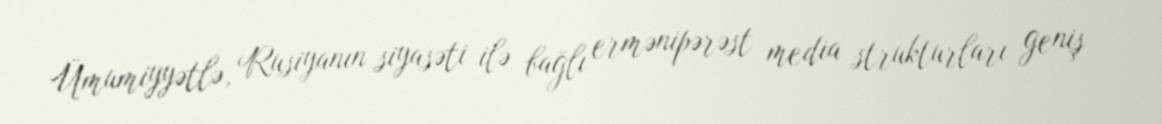
Ümumiyyətlə, Rusiyanın siyasəti ilə bağlı ermənipərəst media strukturları geniş